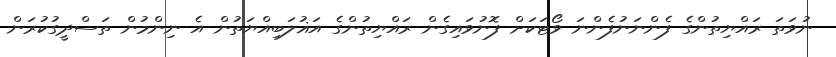
ނުވަތަ ރައްޔިތުންގެ ފެންނަނުފެންނަ ވޯޓަކަށް ފޮނުވައިގެން ރައްޔިތުންގެ އަޣުލަބިއްޔަތުން އެ ނިންމުން ތަސްދީގުކުރަން